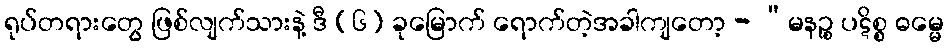
ရုပ်တရားတွေ ဖြစ်လျက်သားနဲ့ ဒီ (၆) ခုမြောက် ရောက်တဲ့အခါကျတော့ - “မနဉ္စ ပဋိစ္စ ဓမ္မေ